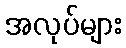
အလုပ်များ